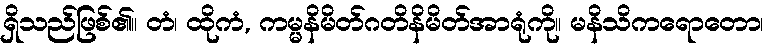
ရှိသည်ဖြစ်၏။ တံ၊ ထိုကံ, ကမ္မနိမိတ်ဂတိနိမိတ်အာရုံကို။ မနိသိကရောတော၊